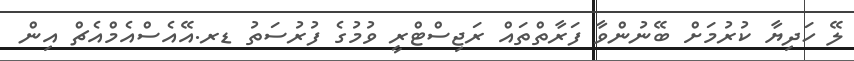
ލޭ ހަދިޔާ ކުރުމަށް ބޭނުންވާ ފަރާތްތައް ރަޖިސްޓްރީ ވުމުގެ ފުރުސަތު ޑރ.އޭއެސްއެމްއެޗް އިން